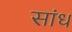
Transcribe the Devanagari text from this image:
सांध